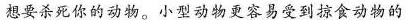
想要杀死你的动物。小型动物更容易受到掠食动物的